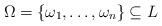
LaTeX: \begin{align*}\Omega=\{\omega_1, \ldots, \omega_n\} \subseteq L\end{align*}